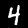
Label: 4